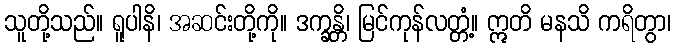
သူတို့သည်။ ရူပါနိ၊ အဆင်းတို့ကို။ ဒက္ခန္တိ၊ မြင်ကုန်လတ္တံ့။ ဣတိ မနသိ ကရိတွာ၊